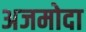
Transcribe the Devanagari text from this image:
अजमोदा